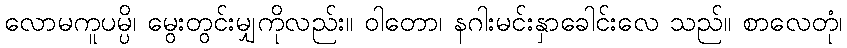
လောမကူပမ္ပိ၊ မွေးတွင်းမျှကိုလည်း။ ဝါတော၊ နဂါးမင်းနှာခေါင်းလေ သည်။ စာလေတုံ၊